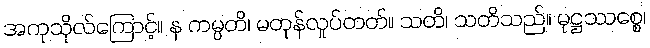
အကုသိုလ်ကြောင့်။ န ကမ္ပတိ၊ မတုန်လှုပ်တတ်။ သတိ၊ သတိသည်။ မုဋ္ဌဿစ္စေ၊